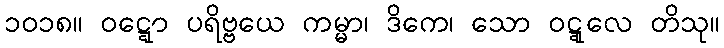
၁၀၁၈။ ဝဋ္ဋော ပရိဗ္ဗယေ ကမ္မာ၊ ဒိကေ၊ သော ဝဋ္ဋုလေ တိသု။